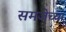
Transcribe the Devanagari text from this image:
समजेच्या